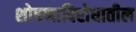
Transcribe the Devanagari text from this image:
शोषणाविरोधातील